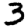
Digit: 3